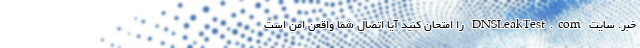
خبر. سایت DNSLeakTest.com را امتحان کنید آیا اتصال شما واقعن امن است